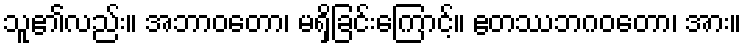
သူ၏လည်း။ အဘာဝတော၊ မရှိခြင်းကြောင့်။ ဧတဿဘဂဝတော၊ အား။